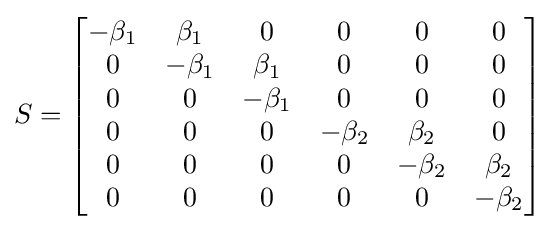
{S}=\left[{\begin{matrix}-\beta _{1}&\beta _{1}&0&0&0&0\\0&-\beta _{1}&\beta _{1}&0&0&0\\0&0&-\beta _{1}&0&0&0\\0&0&0&-\beta _{2}&\beta _{2}&0\\0&0&0&0&-\beta _{2}&\beta _{2}\\0&0&0&0&0&-\beta _{2}\\\end{matrix}}\right]